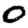
Digit: 0